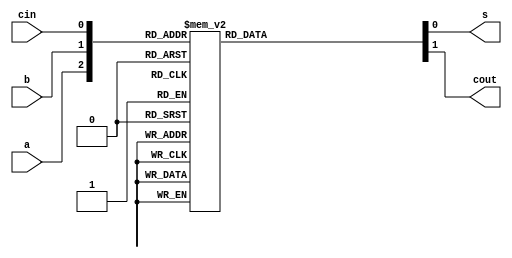
module FA (
    input a,b,cin,output reg s,cout
);
    always @(a,b,cin) begin
        case ({a,b,cin})

        3'b000    : begin s=0; cout=0; end 
        3'b001    : begin s=1; cout=0; end 
        3'b010    : begin s=1; cout=0; end 
        3'b011    : begin s=0; cout=1; end 
        3'b100    : begin s=1; cout=0; end 
        3'b101    : begin s=0; cout=1; end
        3'b110    : begin s=0; cout=1; end
        3'b111    : begin s=1; cout=1; end
            default: begin s=1'bx; cout=1'bx; end
        endcase
    end
endmodule